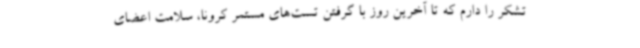
تشکر را دارم که تا آخرین روز با گرفتن تست‌های مستمر کرونا، سلامت اعضای